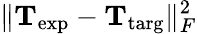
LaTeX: \lVert\mathbf{T}_{\mathrm{exp}}-\mathbf{T}_{\mathrm{targ}}\rVert_{F}^{2}